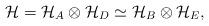
LaTeX: \begin{align*}\mathcal{H}=\mathcal{H}_{A}\otimes \mathcal{H}_{D}\simeq \mathcal{H}_{B}\otimes \mathcal{H}_{E},\end{align*}